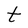
Character: t